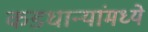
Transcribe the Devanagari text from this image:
कडधान्यांमध्ये